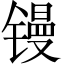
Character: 镘